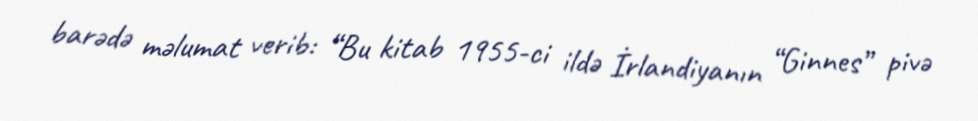
barədə məlumat verib: “Bu kitab 1955-ci ildə İrlandiyanın “Ginnes” pivə